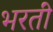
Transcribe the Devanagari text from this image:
भरतीं